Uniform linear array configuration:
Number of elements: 64
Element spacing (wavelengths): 0.5
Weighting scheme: hann
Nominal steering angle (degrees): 15
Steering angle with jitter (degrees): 15.516
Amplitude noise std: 0.05
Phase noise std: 0.05

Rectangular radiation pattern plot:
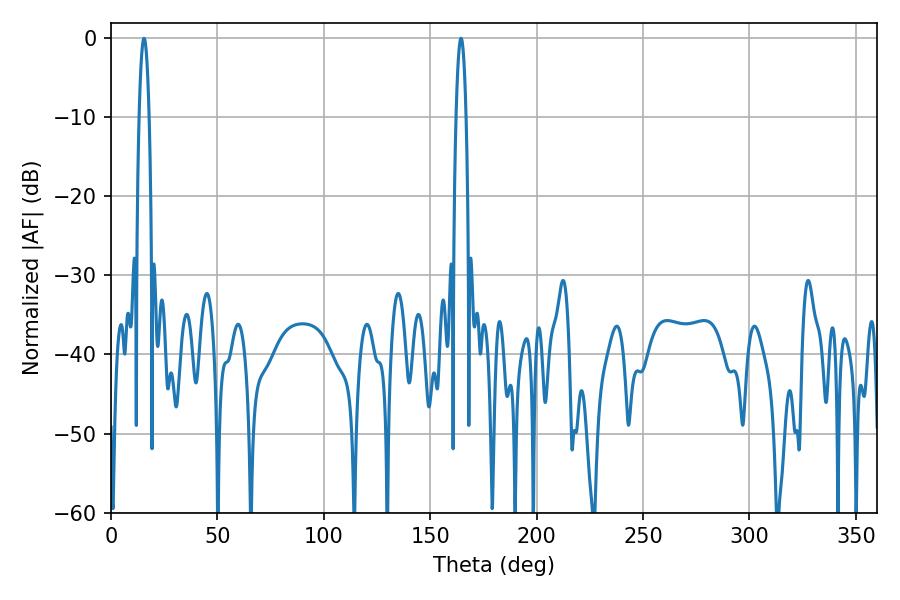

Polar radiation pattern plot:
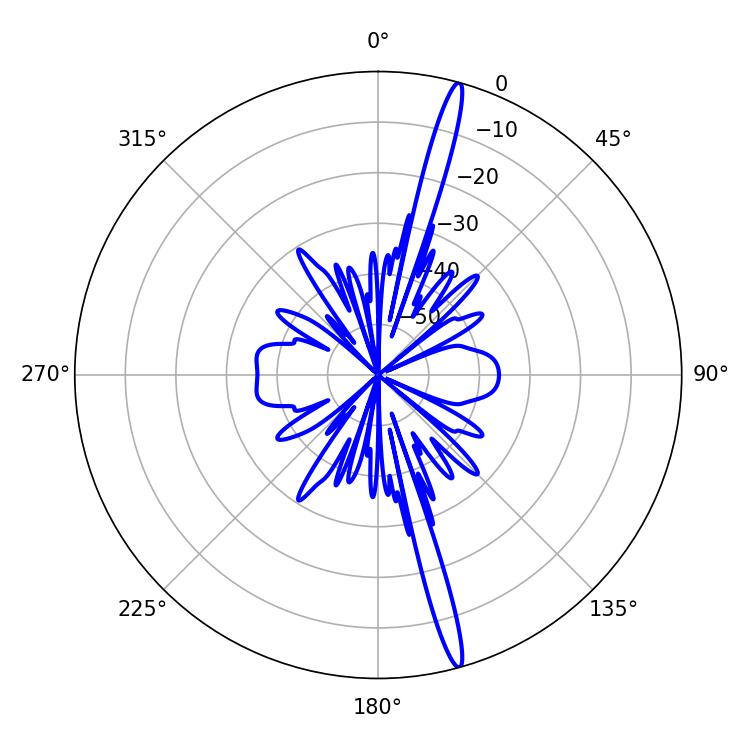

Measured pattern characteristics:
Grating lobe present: FALSE
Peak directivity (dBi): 18.788
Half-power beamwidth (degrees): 2.52
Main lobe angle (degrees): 15.48